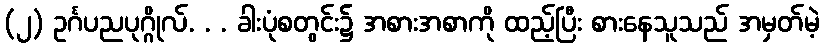
(၂) ဥင်္ဂပညပုဂ္ဂိုလ်. . . ခါးပုံစတွင်း၌ အစားအစာကို ထည့်ပြီး စားနေသူသည် အမှတ်မဲ့